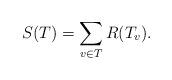
LaTeX: \begin{align*} S(T)=\sum_{v\in T} R(T_v).\end{align*}